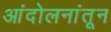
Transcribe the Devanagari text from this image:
आंदोलनांतून